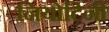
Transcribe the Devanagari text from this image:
नियोटिनी